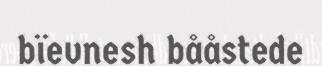
bïevnesh bååstede